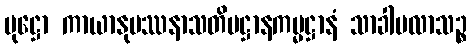
ပုဋ္ဌော ကာယာနုပဿနာသတိပဋ္ဌာနကမ္မဋ္ဌာနံ သာခါပလာသဉ္စ